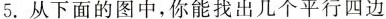
5.从下面的图中，你能找出几个平行四边